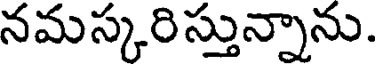
నమస్కరిస్తున్నాను.